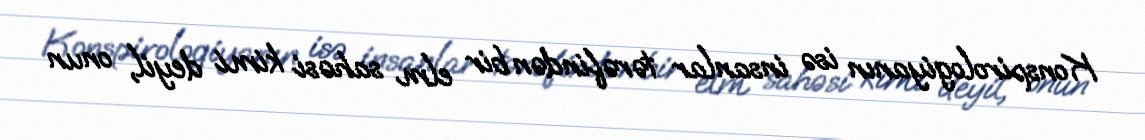
Konspirologiyanın isə insanlar tərəfindən bir elm sahəsi kimi deyil, onun